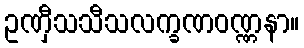
ဥဏှီသသီသလက္ခဏဝဏ္ဏနာ။